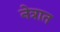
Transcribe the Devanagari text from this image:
नेत्रात